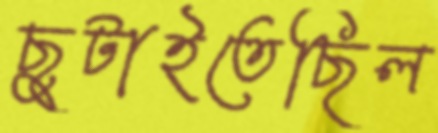
ছুটাইতেছিল